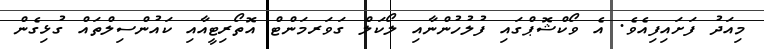
މިއަދު ފަށައިފިއެވެ. އެ ވޯކްޝޮޕްގައި ފުލުހުންނާއި ލޯކަލް ގަވަރމަންޓް އޮތޯރިޓީއާއި ކައުންސިލްތައް ގުޅިގެން